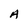
Character: A